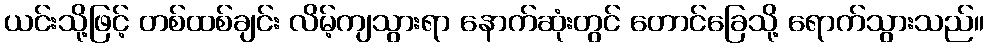
ယင်းသို့ဖြင့် တစ်ထစ်ချင်း လိမ့်ကျသွားရာ နောက်ဆုံးတွင် တောင်ခြေသို့ ရောက်သွားသည်။